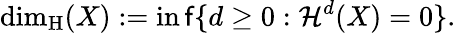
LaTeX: \dim_{\operatorname{H}}(X):=\operatorname*{in\mathsf{f}}\{ d\geq0:{\mathcal{{H}}}^{d}(X)=0\} .